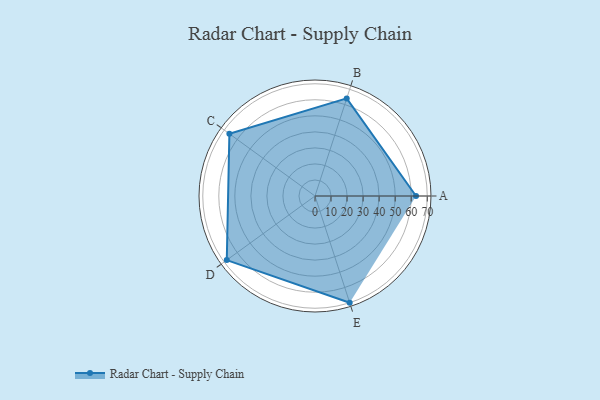
{"axis": {"x": "Skill", "y": "Score"}, "legend": ["Profile"], "data": [{"x": "A", "y": 63.0, "type": "Profile"}, {"x": "B", "y": 64.0, "type": "Profile"}, {"x": "C", "y": 66.0, "type": "Profile"}, {"x": "D", "y": 68.0, "type": "Profile"}, {"x": "E", "y": 70.0, "type": "Profile"}]}